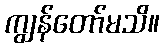
ကျွန်တော်မသိ။